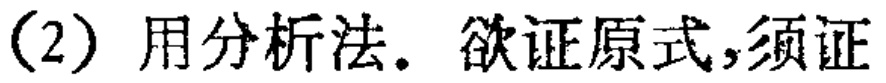
（2）用分析法. 欲证原式,须证